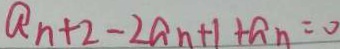
a _ { n + 2 } - 2 a _ { n + 1 } + a _ { n } = 0